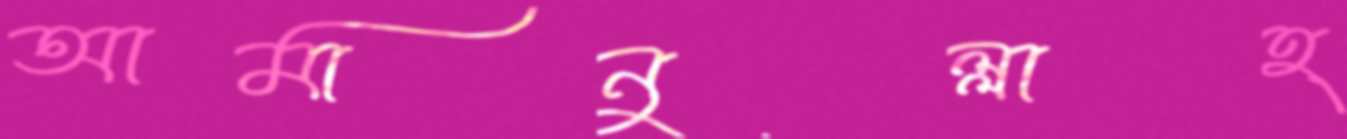
আমানুল্লাহ্